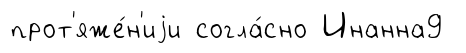
прот'яже́н'иjи согла́сно Инанна9